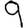
Digit: 9